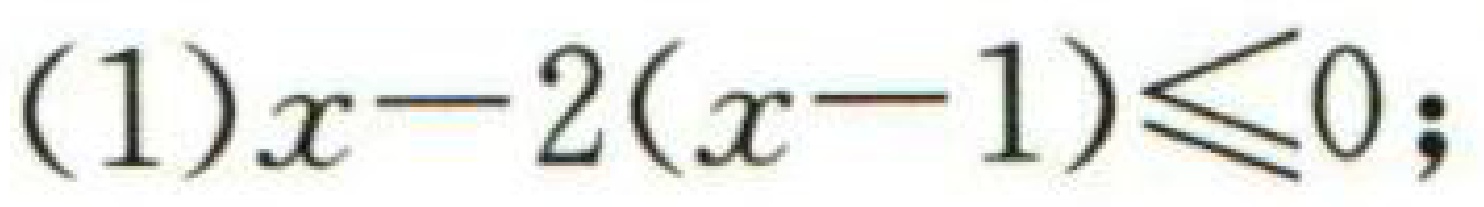
(1) \(x - 2(x - 1) \leq 0\);